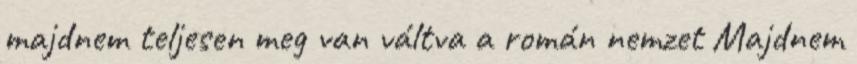
majdnem teljesen meg van váltva a román nemzet Majdnem